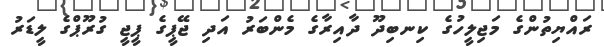
ރައްޔިތުންގެ މަޖިލީހުގެ ކިނބިދޫ ދާއިރާގެ މެންބަރު އަދި ޖޭޕީގެ ޕީޖީ ގުރޫޕްގެ ލީޑަރު